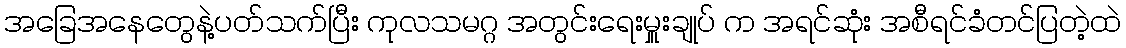
အခြေအနေတွေနဲ့ပတ်သက်ပြီး ကုလသမဂ္ဂ အတွင်းရေးမှူးချုပ် က အရင်ဆုံး အစီရင်ခံတင်ပြတဲ့ထဲ